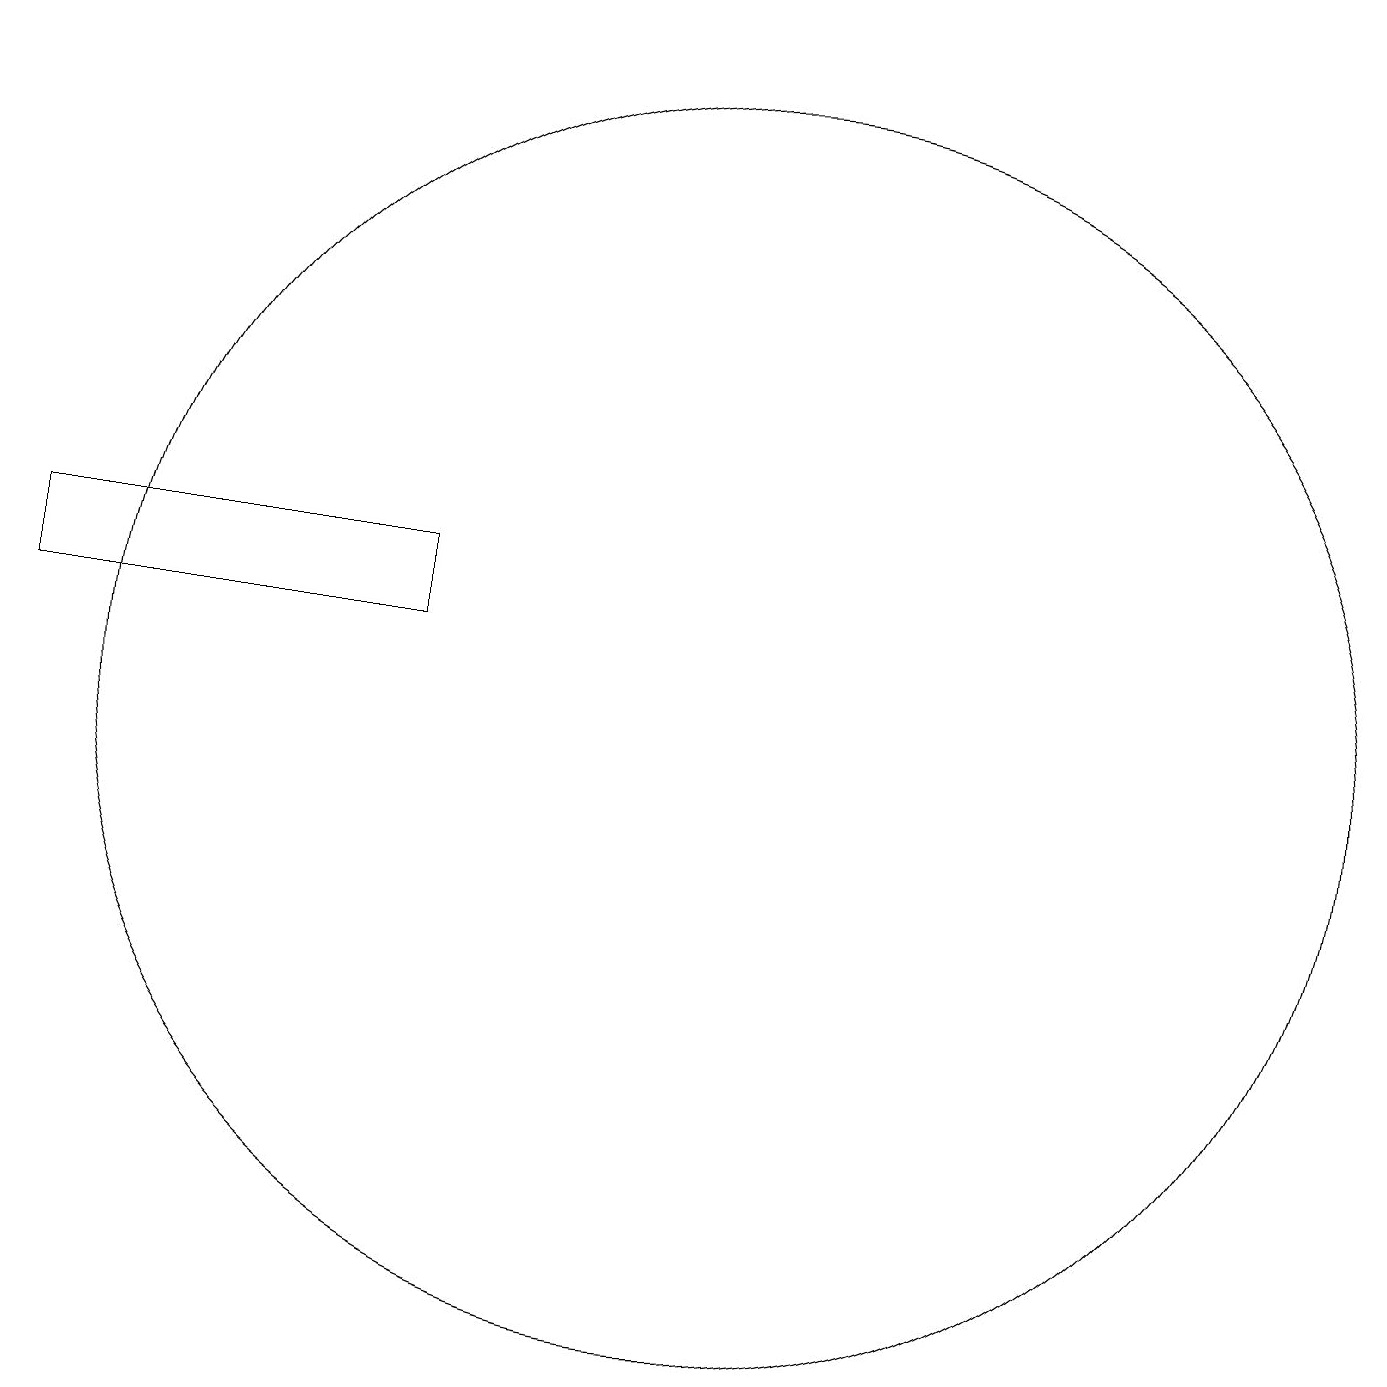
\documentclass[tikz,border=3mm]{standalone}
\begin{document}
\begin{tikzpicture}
\draw (11,10) circle (8);
\draw (2,12) rectangle (7,11);
\draw[->] (2,19) -- (6,19);
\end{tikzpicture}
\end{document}